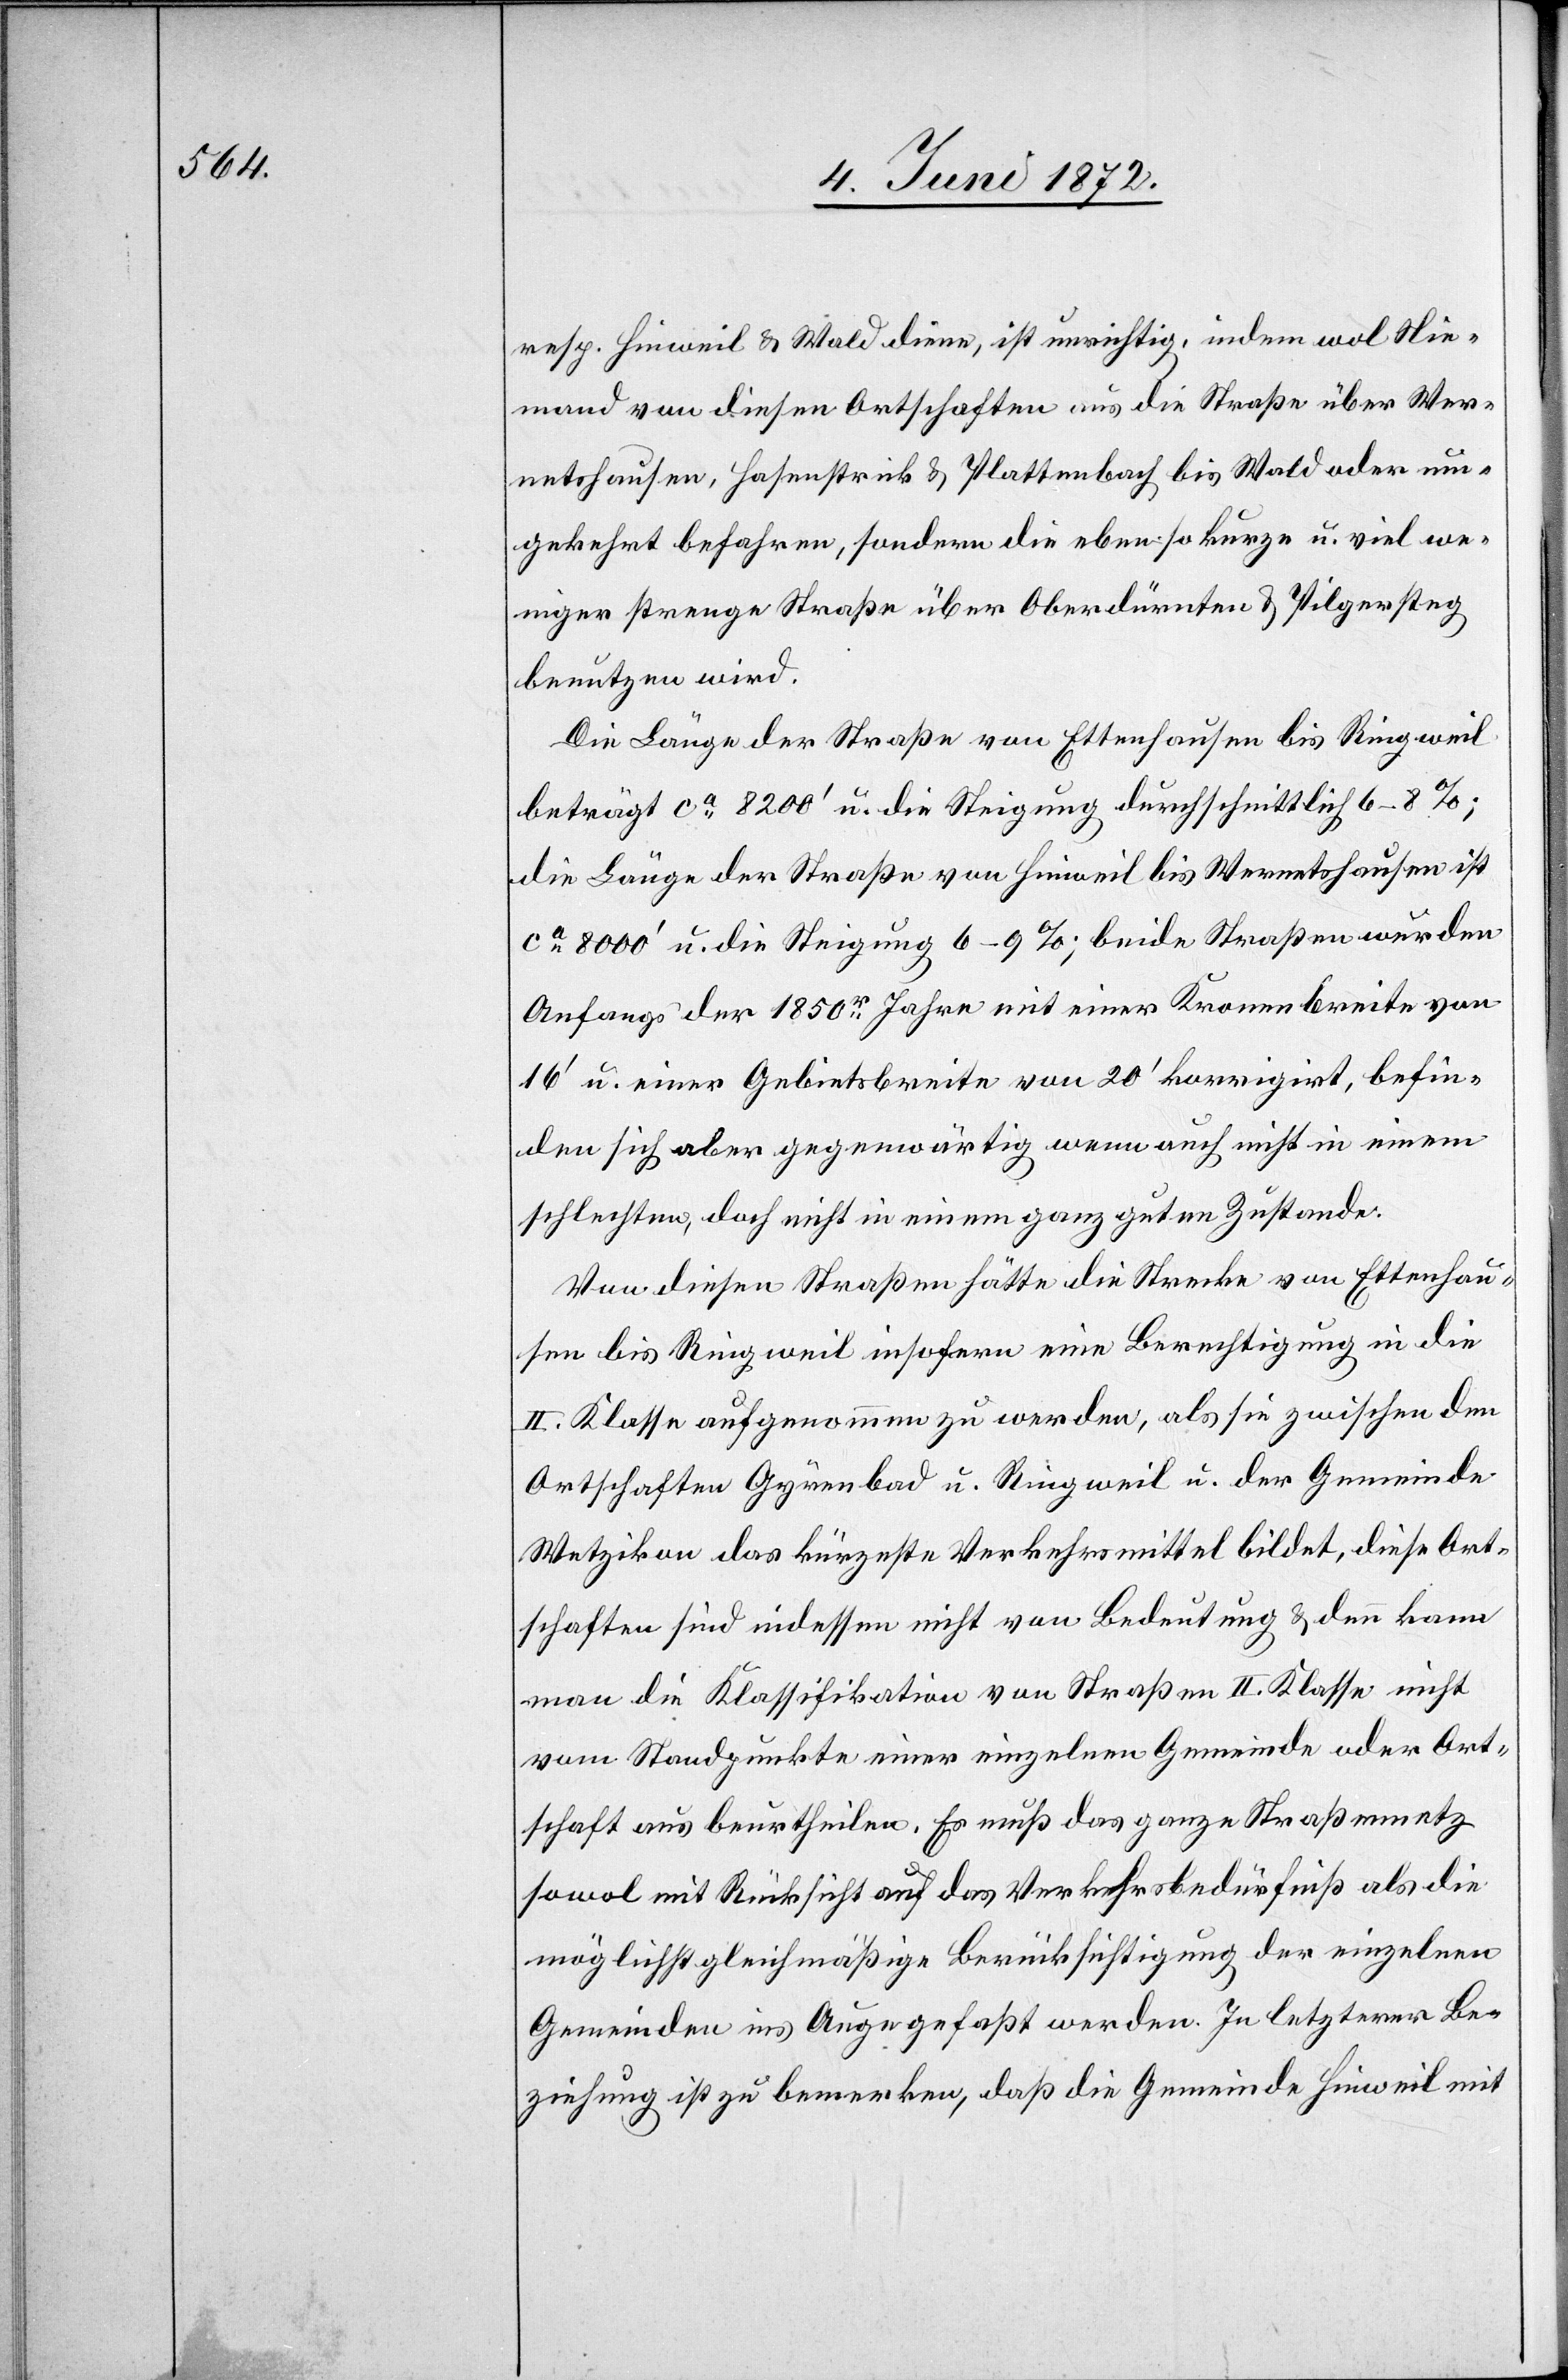
resp. Hinweil u. Wald diese, ist unrichtig, indem wol Nie¬
mand von diesen Ortschaften aus die Straße über Wer¬
netshausen, Hasenstrick u. Plattenbach bis Wald oder um¬
gekehrt befahren, sondern die eben so kurze u. viel we¬
niger strenge Straße über Oberdürnten u. Pilgersteg
benutzen wird.
Die Länge der Straße von Ettenhausen bis Ringweil
beträgt ca 8200’ u. die Steigung durchschnittlich 6–8 %;
die Länge der Straße von Hinweil bis Wernetshausen ist
ca 8000’ u. die Steigung 6–9 %; beide Straße wurden
Anfangs der 1850r Jahre mit einer Kronenbreite von
16’ u. einer Gebietsbreite von 20’ korrigirt, befin¬
den sich aber gegenwärtig wenn auch nicht in einem
schlechten, doch nicht in einem ganz guten Zustande.
Von diesen Straßen hätte die Strecke von Ettenhau¬
sen bis Ringweil insofern eine Berechtigung in die
II. Klasse aufgenommen zu werden, als sie zwischen den
Ortschaften Gyrenbad u. Ringweil u. der Gemeinde
Wetzikon das kürzeste Verkehrsmittel bildet, diese Ort¬
schaften sind indessen nicht von Bedeutung u. denn kann
man die Klassifikation von Straßen II. Klasse nicht
vom Standpunkte einer einzelnen Gemeinde oder Ort¬
schaft aus beurtheilen. Es muß das ganze Straßennetz
sowol mit Rücksicht auf das Verkehrsbedürfniß als die
möglichst gleichmäßige Berücksichtigung der einzelnen
Gemeinden ins Auge gefaßt werden. In letzterer Be¬
ziehung ist zu bemerken, daß die Gemeinde Hinweil mit